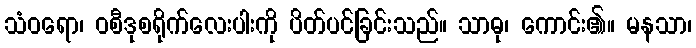
သံဝရော၊ ဝစီဒုစရိုက်လေးပါးကို ပိတ်ပင်ခြင်းသည်။ သာဓု၊ ကောင်း၏။ မနသာ၊